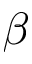
\beta